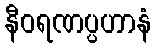
နီဝရဏပ္ပဟာနံ